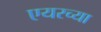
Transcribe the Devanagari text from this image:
एयरच्या